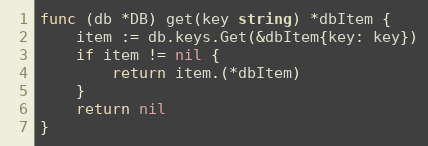
Language: Go
func (db *DB) get(key string) *dbItem {
	item := db.keys.Get(&dbItem{key: key})
	if item != nil {
		return item.(*dbItem)
	}
	return nil
}